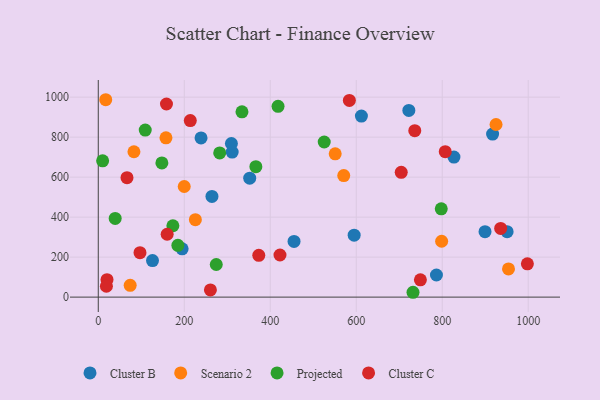
{"axis": {"x": "Distance", "y": "Yield"}, "legend": ["Cluster B", "Cluster C", "Projected", "Scenario 2"], "data": [{"x": "264.4", "y": 503.7, "type": "Cluster B"}, {"x": "126.1", "y": 182.8, "type": "Cluster B"}, {"x": "827.2", "y": 700.3, "type": "Cluster B"}, {"x": "311.4", "y": 725.2, "type": "Cluster B"}, {"x": "917.1", "y": 815.4, "type": "Cluster B"}, {"x": "786.5", "y": 110.5, "type": "Cluster B"}, {"x": "612.0", "y": 905.2, "type": "Cluster B"}, {"x": "899.5", "y": 327.4, "type": "Cluster B"}, {"x": "950.9", "y": 327.4, "type": "Cluster B"}, {"x": "722.3", "y": 933.5, "type": "Cluster B"}, {"x": "309.6", "y": 768.1, "type": "Cluster B"}, {"x": "595.1", "y": 309.9, "type": "Cluster B"}, {"x": "239.0", "y": 796.1, "type": "Cluster B"}, {"x": "352.2", "y": 594.8, "type": "Cluster B"}, {"x": "455.3", "y": 278.7, "type": "Cluster B"}, {"x": "195.0", "y": 241.7, "type": "Cluster B"}, {"x": "798.6", "y": 279.3, "type": "Scenario 2"}, {"x": "925.1", "y": 863.2, "type": "Scenario 2"}, {"x": "225.8", "y": 387.5, "type": "Scenario 2"}, {"x": "570.9", "y": 608.0, "type": "Scenario 2"}, {"x": "17.3", "y": 987.1, "type": "Scenario 2"}, {"x": "551.0", "y": 716.8, "type": "Scenario 2"}, {"x": "82.9", "y": 727.0, "type": "Scenario 2"}, {"x": "157.4", "y": 796.5, "type": "Scenario 2"}, {"x": "954.1", "y": 140.9, "type": "Scenario 2"}, {"x": "74.2", "y": 59.2, "type": "Scenario 2"}, {"x": "199.9", "y": 553.2, "type": "Scenario 2"}, {"x": "185.1", "y": 259.2, "type": "Projected"}, {"x": "418.1", "y": 954.0, "type": "Projected"}, {"x": "274.4", "y": 163.2, "type": "Projected"}, {"x": "732.0", "y": 24.2, "type": "Projected"}, {"x": "334.2", "y": 926.6, "type": "Projected"}, {"x": "39.3", "y": 393.4, "type": "Projected"}, {"x": "147.9", "y": 670.9, "type": "Projected"}, {"x": "366.5", "y": 652.3, "type": "Projected"}, {"x": "109.2", "y": 835.1, "type": "Projected"}, {"x": "282.4", "y": 720.9, "type": "Projected"}, {"x": "10.1", "y": 681.5, "type": "Projected"}, {"x": "173.5", "y": 356.9, "type": "Projected"}, {"x": "525.5", "y": 775.7, "type": "Projected"}, {"x": "797.7", "y": 441.7, "type": "Projected"}, {"x": "807.0", "y": 727.5, "type": "Cluster C"}, {"x": "736.1", "y": 832.2, "type": "Cluster C"}, {"x": "20.3", "y": 87.1, "type": "Cluster C"}, {"x": "935.9", "y": 343.4, "type": "Cluster C"}, {"x": "97.0", "y": 222.4, "type": "Cluster C"}, {"x": "998.0", "y": 166.7, "type": "Cluster C"}, {"x": "704.6", "y": 624.0, "type": "Cluster C"}, {"x": "158.6", "y": 965.6, "type": "Cluster C"}, {"x": "66.8", "y": 597.2, "type": "Cluster C"}, {"x": "260.8", "y": 36.0, "type": "Cluster C"}, {"x": "749.2", "y": 86.7, "type": "Cluster C"}, {"x": "373.3", "y": 208.9, "type": "Cluster C"}, {"x": "160.2", "y": 314.4, "type": "Cluster C"}, {"x": "422.6", "y": 210.6, "type": "Cluster C"}, {"x": "584.0", "y": 983.6, "type": "Cluster C"}, {"x": "214.0", "y": 882.9, "type": "Cluster C"}, {"x": "18.9", "y": 54.4, "type": "Cluster C"}]}